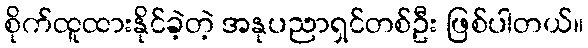
စိုက်ထူထားနိုင်ခဲ့တဲ့ အနုပညာရှင်တစ်ဦး ဖြစ်ပါတယ်။